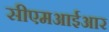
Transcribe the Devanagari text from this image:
सीएमआईआर